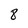
Character: 8